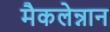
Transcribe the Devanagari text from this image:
मैकलेन्नान